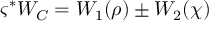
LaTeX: \varsigma ^ { * } W _ { C } = W _ { 1 } ( \rho ) \pm W _ { 2 } ( \chi )